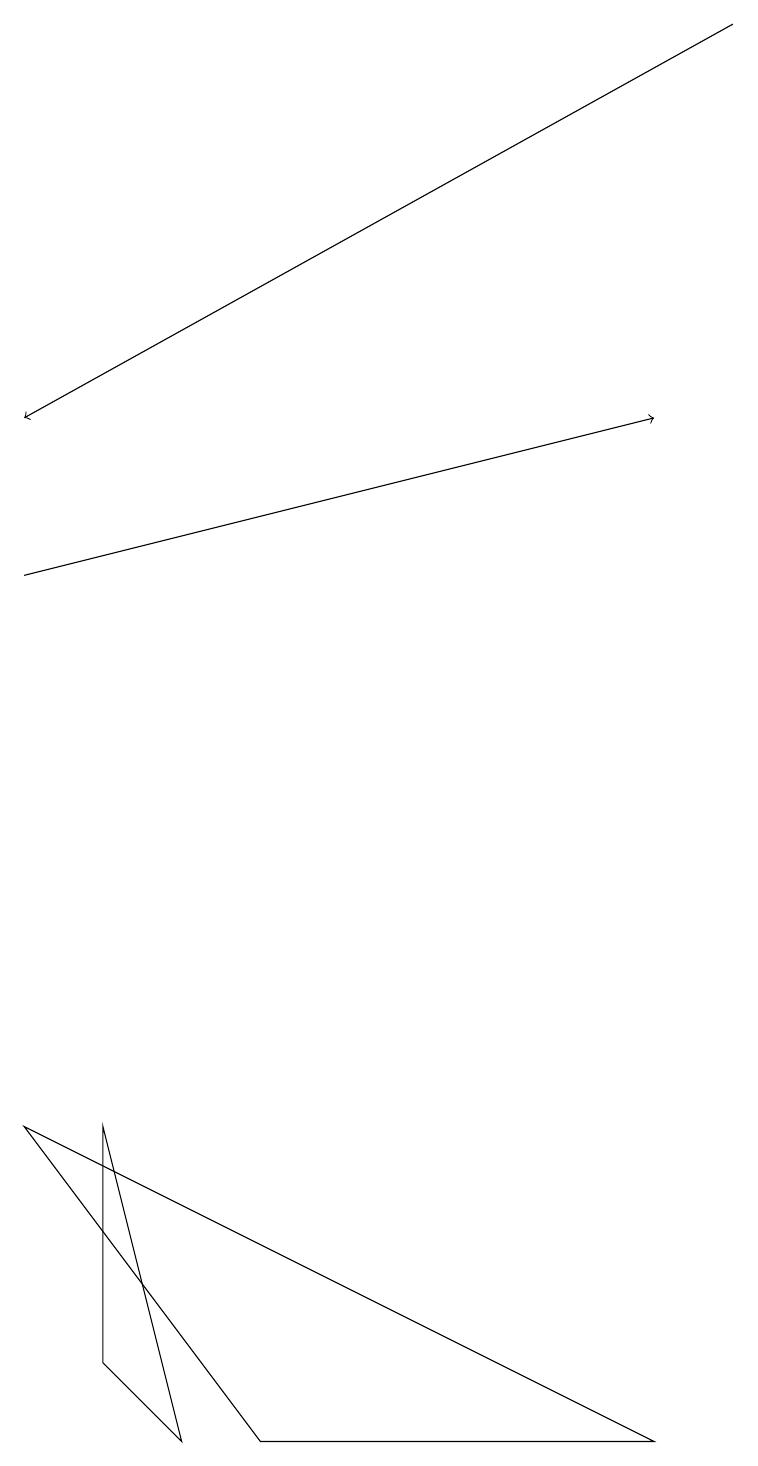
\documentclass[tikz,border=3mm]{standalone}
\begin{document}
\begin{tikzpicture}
\draw (3,0) -- (0,4) -- (8,0) -- cycle;
\draw (1,1) -- (2,0) -- (1,4) -- cycle;
\draw[->] (0,11) -- (8,13);
\draw[->] (9,18) -- (0,13);
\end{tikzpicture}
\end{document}